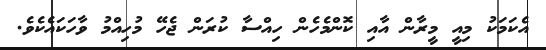
އެކަމަކު މިއީ މީރާން އާއި ކޮންމެހެން ހިއްސާ ކުރަން ޖެހޭ މުހިއްމު ވާހަކައެކެވެ.